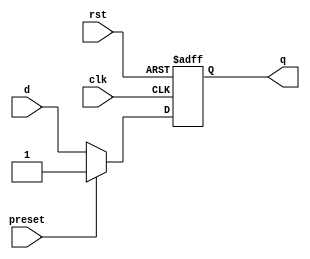
module async_preset_DFF(input wire clk, input wire rst, input wire preset, input wire d, output reg q);

always @(posedge clk or posedge rst) begin
    if (rst) begin
        q <= 1'b0;
    end else begin
        if (preset) begin
            q <= 1'b1;
        end else begin
            q <= d;
        end
    end
end

endmodule